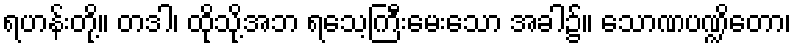
ရဟန်းတို့။ တဒါ၊ ထိုသို့အဘ ရသေ့ကြီးမေးသော အခါ၌။ သောဏပဏ္ဍိတော၊